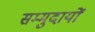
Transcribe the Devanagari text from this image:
सम्मुदायों